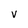
Character: v